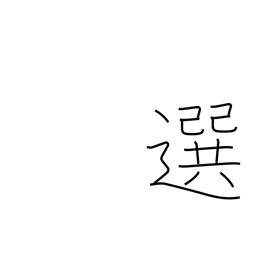
Meaning: prefer